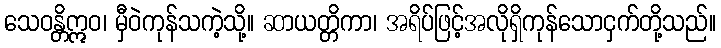
သေဝန္တိဣဝ၊ မှီဝဲကုန်သကဲ့သို့။ ဆာယတ္တိကာ၊ အရိပ်ဖြင့်အလိုရှိကုန်သောငှက်တို့သည်။